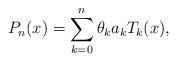
LaTeX: \begin{align*} P_n(x) = \sum\limits_{k = 0}^n {\theta _k a_k T_k (x)},\end{align*}